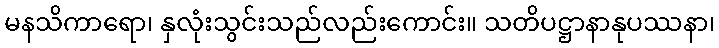
မနသိကာရော၊ နှလုံးသွင်းသည်လည်းကောင်း။ သတိပဋ္ဌာနာနုပဿနာ၊